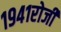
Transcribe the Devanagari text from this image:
१९४१रोजी